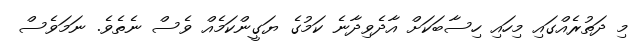
މި ދަތުރެއްގައި މިހައި ހިސާބަކަށް އާދެވިދާނެ ކަމުގެ ޔަގީންކަމެއް ވެސް ނެތެވެ. ނަމަވެސް